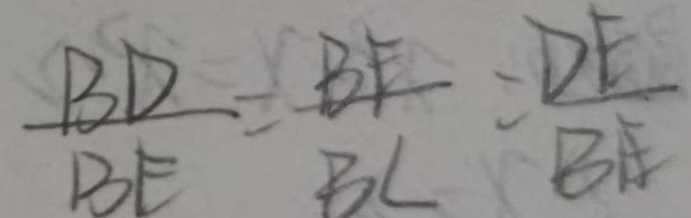
\frac { B D } { B E } = \frac { B F } { B C } = \frac { D E } { B E }